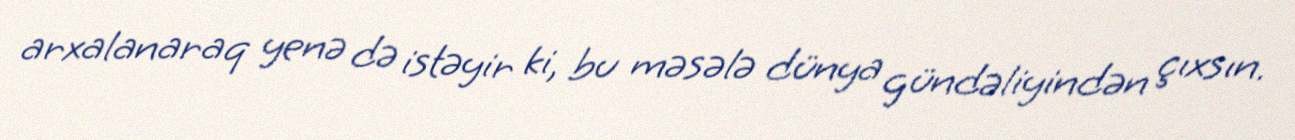
arxalanaraq yenə də istəyir ki, bu məsələ dünya gündəliyindən çıxsın.